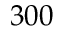
3 0 0